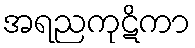
အရညကုဋိကာ